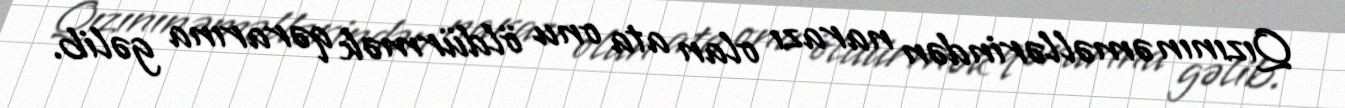
Qızının əməllərindən narazı olan ata onu öldürmək qərarına gəlib.